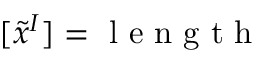
[ \tilde { x } ^ { I } ] = \mathrm { ~ l ~ e ~ n ~ g ~ t ~ h ~ }